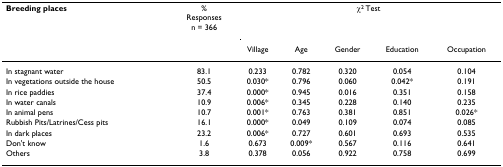
| Breeding places | %Responsesn = 366 | <COLSPAN=5> χ2 Test |
 |  |  | Village | Age | Gender | Education | Occupation |
 | --- | --- | --- | --- | --- | --- | --- |
 | In stagnant water | 83.1 | 0.233 | 0.782 | 0.320 | 0.054 | 0.104 |
 | In vegetations outside the house | 50.5 | 0.030* | 0.796 | 0.060 | 0.042* | 0.191 |
 | In rice paddies | 37.4 | 0.000* | 0.945 | 0.016 | 0.351 | 0.158 |
 | In water canals | 10.9 | 0.006* | 0.345 | 0.228 | 0.140 | 0.235 |
 | In animal pens | 10.7 | 0.001* | 0.763 | 0.381 | 0.851 | 0.026* |
 | Rubbish Pits/Latrines/Cess pits | 16.1 | 0.000* | 0.049 | 0.109 | 0.074 | 0.085 |
 | In dark places | 23.2 | 0.006* | 0.727 | 0.601 | 0.693 | 0.535 |
 | Don't know | 1.6 | 0.673 | 0.009* | 0.567 | 0.116 | 0.641 |
 | Others | 3.8 | 0.378 | 0.056 | 0.922 | 0.758 | 0.699 |